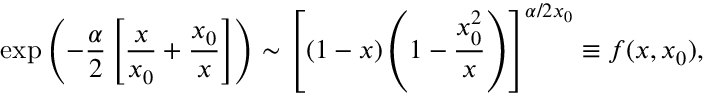
\exp \left( - \frac \alpha 2 \left[ \frac x { x _ { 0 } } + \frac { x _ { 0 } } x \right] \right) \sim \left[ \left( 1 - x \right) \left( 1 - \frac { x _ { 0 } ^ { 2 } } x \right) \right] ^ { \alpha / 2 x _ { 0 } } \equiv f ( x , x _ { 0 } ) ,